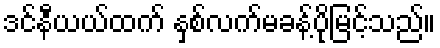
ဒင်နီယယ်ထက် နှစ်လက်မခန့်ပိုမြင့်သည်။